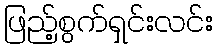
ဖြည့်စွက်ရှင်းလင်း